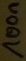
Text: 100n